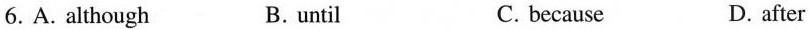
6.A.Although B.until C.because D.after